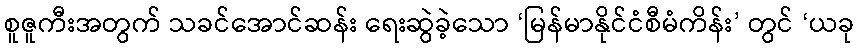
စူဇူကီးအတွက် သခင်အောင်ဆန်း ရေးဆွဲခဲ့သော ‘မြန်မာနိုင်ငံစီမံကိန်း’ တွင် ‘ယခု